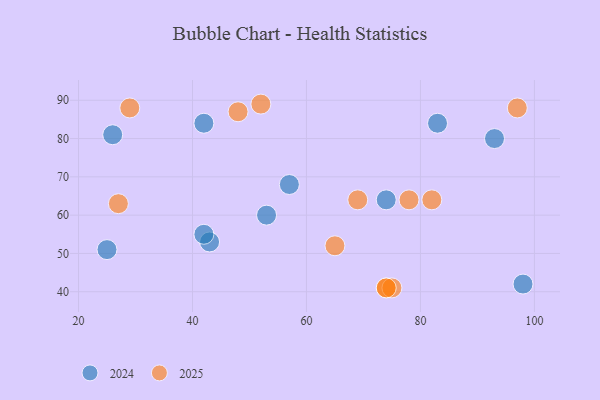
{"axis": {"x": "GDP", "y": "Life Expectancy"}, "legend": ["2024", "2025"], "data": [{"x": "74", "y": 64, "type": "2024"}, {"x": "25", "y": 51, "type": "2024"}, {"x": "57", "y": 68, "type": "2024"}, {"x": "43", "y": 53, "type": "2024"}, {"x": "83", "y": 84, "type": "2024"}, {"x": "26", "y": 81, "type": "2024"}, {"x": "42", "y": 84, "type": "2024"}, {"x": "42", "y": 55, "type": "2024"}, {"x": "98", "y": 42, "type": "2024"}, {"x": "53", "y": 60, "type": "2024"}, {"x": "93", "y": 80, "type": "2024"}, {"x": "69", "y": 64, "type": "2025"}, {"x": "65", "y": 52, "type": "2025"}, {"x": "78", "y": 64, "type": "2025"}, {"x": "29", "y": 88, "type": "2025"}, {"x": "74", "y": 41, "type": "2025"}, {"x": "27", "y": 63, "type": "2025"}, {"x": "75", "y": 41, "type": "2025"}, {"x": "48", "y": 87, "type": "2025"}, {"x": "97", "y": 88, "type": "2025"}, {"x": "82", "y": 64, "type": "2025"}, {"x": "74", "y": 41, "type": "2025"}, {"x": "52", "y": 89, "type": "2025"}]}